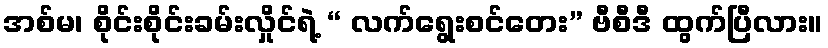
အစ်မ၊ စိုင်းစိုင်းခမ်းလှိုင်ရဲ့ “ လက်ရွေးစင်တေး” ဗီစီဒီ ထွက်ပြီလား။